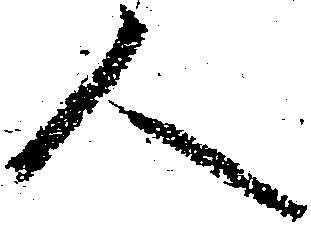
人